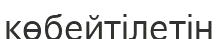
көбейтілетін